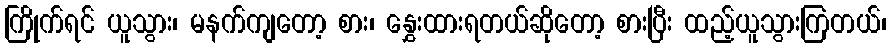
ကြိုက်ရင် ယူသွား၊ မနက်ကျတော့ စား၊ နွှေးထားရတယ်ဆိုတော့ စားပြီး ထည့်ယူသွားကြတယ်၊